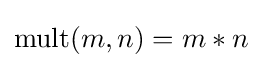
\operatorname {mult} (m,n)=m*n